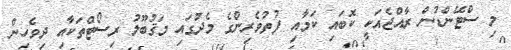
މި ސްޓޭންޑުން ރާއްޖެއަކީ ކޮބައި ކަމާއި ފުތުވެރިންގެ މެދުގައި މަޤުބޫލު ރިސޯޓްތަކާއި ދިވެހިން